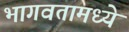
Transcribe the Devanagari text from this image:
भागवतामध्ये